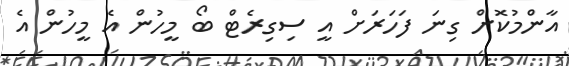
އާންމުކޮށް ގިނަ ފަހަރަށް އީ ސިގިރެޓް ބޯ މީހުން އެ މީހުން އެ